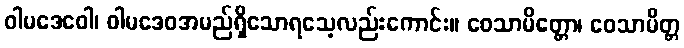
ဝါမဒေဝေါ၊ ဝါမဒေဝအမည်ရှိသောရသေ့လည်းကောင်း။ ဝေသာမိတ္တော၊ ဝေသာမိတ္တ